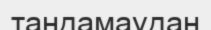
таңдамаудан